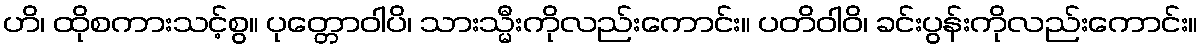
ဟိ၊ ထိုစကားသင့်စွ။ ပုတ္တောဝါပိ၊ သားသ္မီးကိုလည်းကောင်း။ ပတိဝါဝိ၊ ခင်းပွန်းကိုလည်းကောင်း။